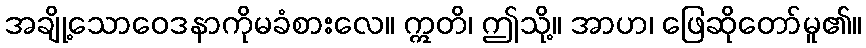
အချို့သောဝေဒနာကိုမခံစားလေ။ ဣတိ၊ ဤသို့။ အာဟ၊ ဖြေဆိုတော်မူ၏။